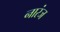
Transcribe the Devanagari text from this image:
नारंज